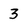
Character: 3